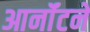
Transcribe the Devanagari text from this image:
आर्नॉटने